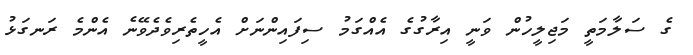
ގެ ސަލާމަތީ މަޖިލީހުން ވަނީ އިރާގުގެ އެއްގަމު ސިފައިންނަށް އެހީތެރިވެދެވޭނެ އެންމެ ރަނގަޅު